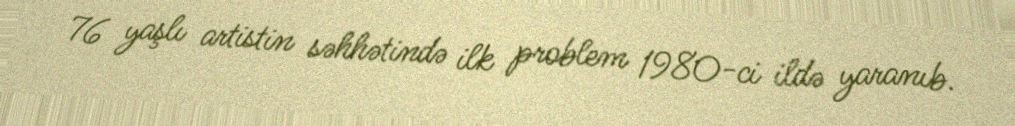
76 yaşlı artistin səhhətində ilk problem 1980-ci ildə yaranıb.